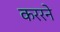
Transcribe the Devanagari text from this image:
कररने